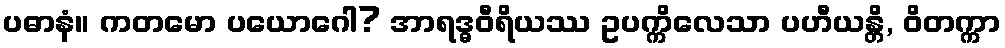
ပဓာနံ။ ကတမော ပယောဂေါ? အာရဒ္ဓဝီရိယဿ ဥပက္ကိလေသာ ပဟီယန္တိ, ဝိတက္ကာ